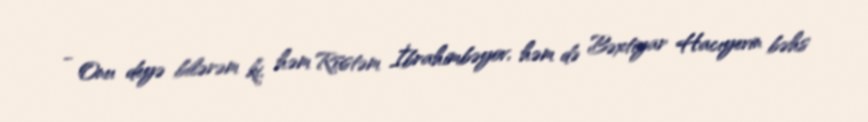
- Onu deyə bilərəm ki, həm Rüstəm İbrahimbəyov, həm də Bəxtiyar Hacıyevin bəhs